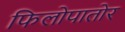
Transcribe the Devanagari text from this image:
फिलोपातोर